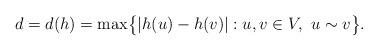
LaTeX: \begin{align*}d=d(h)=\max\bigl\{|h(u)-h(v)|: u,v\in V,\ u \sim v\bigr\}.\end{align*}